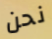
نحن